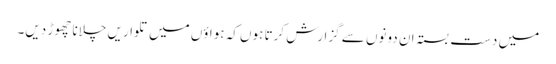
میں دست بستہ ان دونوں سے گزارش کرتا ہوں کہ ہواؤں میں تلواریں چلانا چھوڑ دیں۔